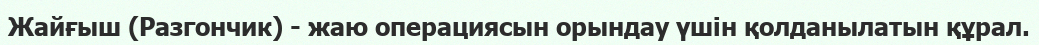
Жайғыш (Разгончик) - жаю операциясын орындау үшін қолданылатын құрал.